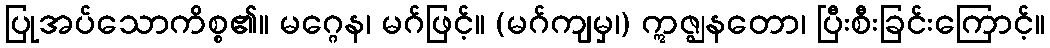
ပြုအပ်သောကိစ္စ၏။ မဂ္ဂေန၊ မဂ်ဖြင့်။ (မဂ်ကျမှ၊) ဣဇ္ဈနတော၊ ပြီးစီးခြင်းကြောင့်။